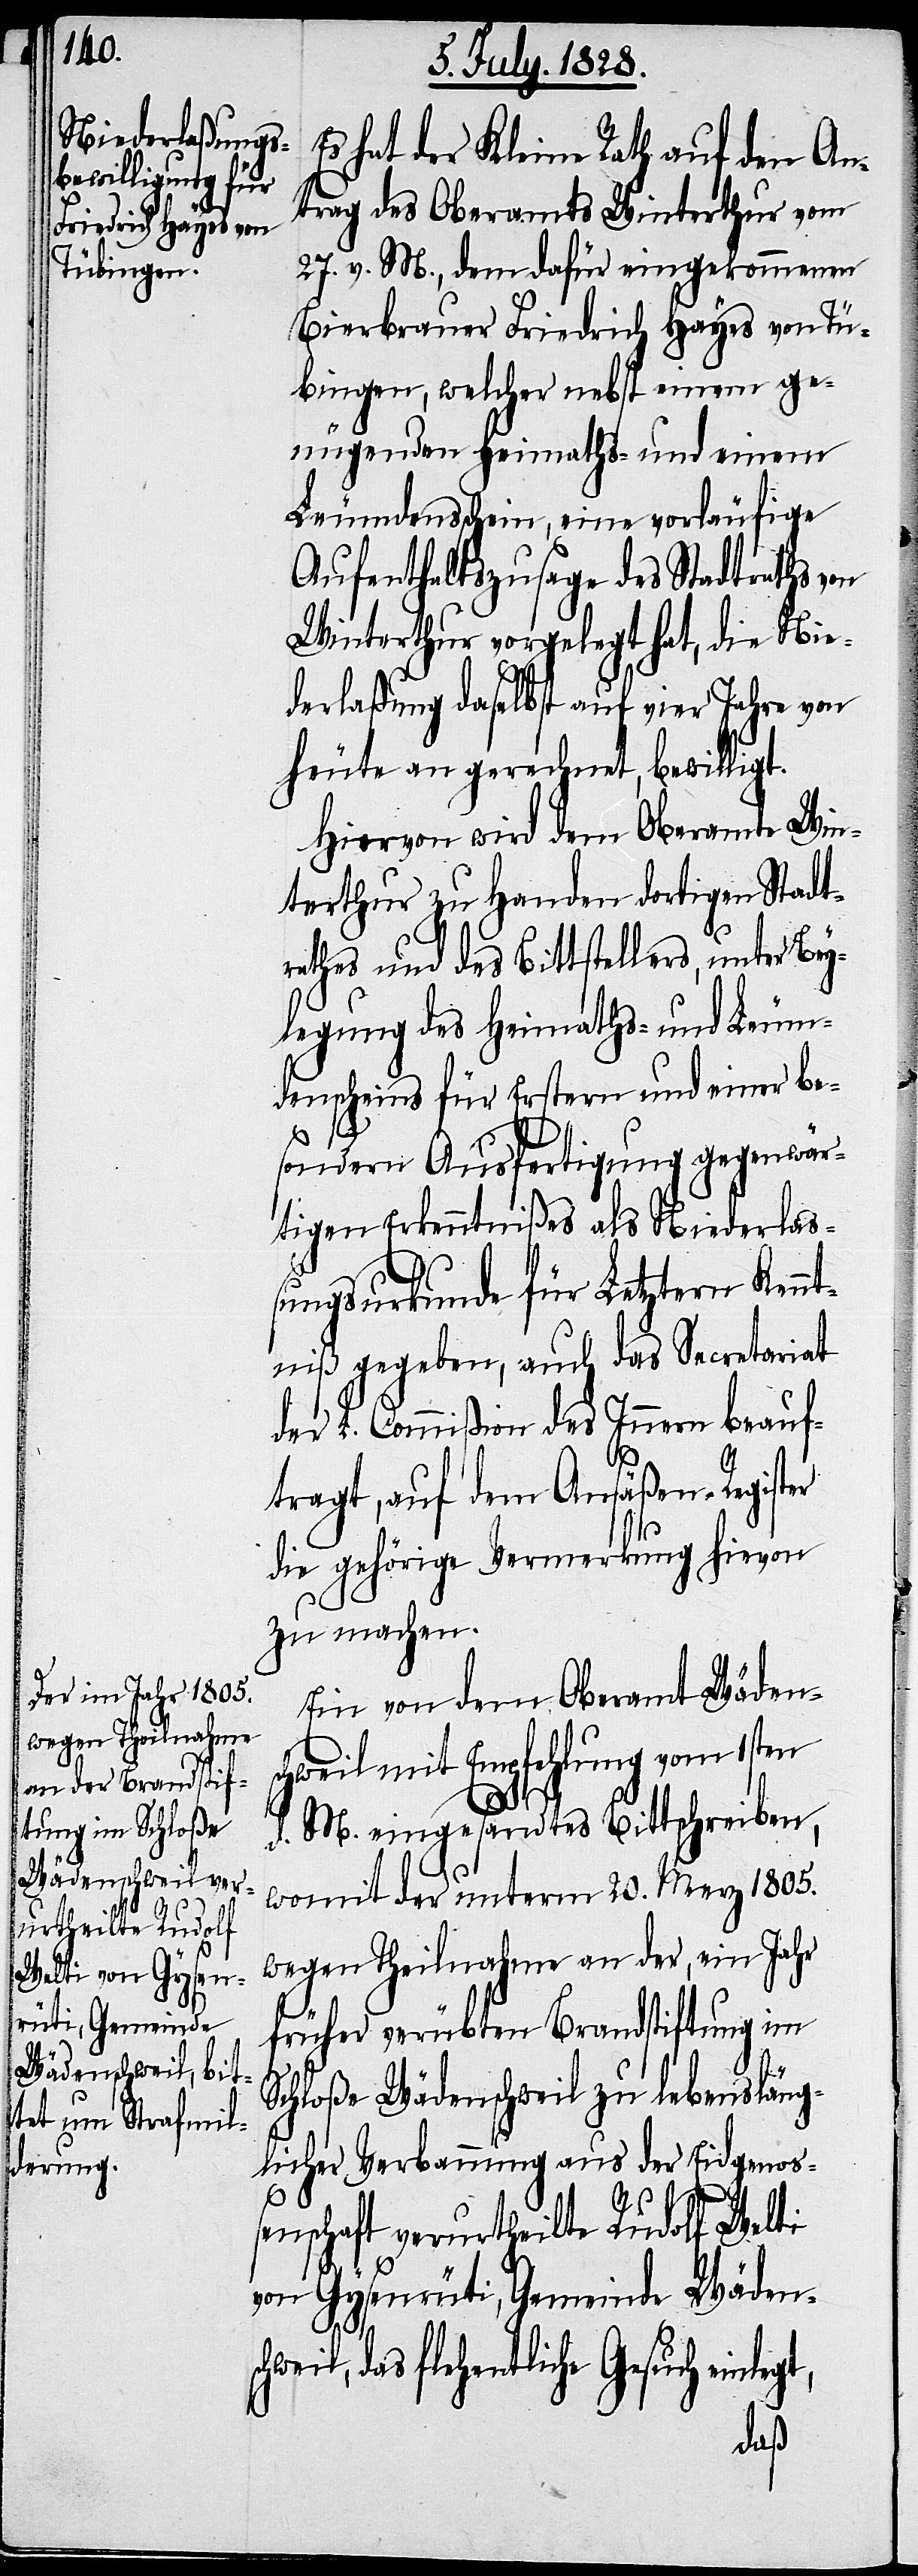
Es hat der Kleine Rath auf den An¬
trag des Oberamtes Winterthur vom
27. v. M., dem dafür eingekommenen
Bierbrauer Friedrich Hayes von Tü¬
bingen, welcher nebst einem ge¬
nügenden Heimaths- und einem
Leumdenschein, eine vorläufige
Aufenthaltszusage des Stadtraths von
Winterthur vorgelegt hat, die Nie¬
derlaßung daselbst auf vier Jahre von
heute an gerechnet, bewilligt.
Hiervon wird dem Oberamte Win¬
terthur zu Handen dortigen Stadt¬
rathes und des Bittstellers, unter Bey¬
legung des Heimaths- und Leum¬
denscheins für Erstern und einer be¬
gt,
sondern Ausfertigung gegenwär¬
tigen Erkenntnißes als Niederlaß¬
ungsurkunde für Letztern Kennt¬
niß gegeben, auch das Secretariat
der L. Commißion des Innern beauf¬
tragt, auf dem Ansäßen-Register
die gehörige Vermerkung hievon
zu machen.
Ein von dem Oberamt Wädens¬
chweil mit Empfehlung vom 1sten
d. M. eingesandtes Bittschreiben,
womit der unterm 20. Merz 1805.
wegen Theilnahme an der, ein Jahr
früher verübten Brandstiftung im
Schloße Wädenschweil zu lebensläng¬
licher Verbannung aus der Eidgenoß¬
enschaft verurtheilte Rudolf Welti
von Gysenrüti, Gemeinde Wädensc¬
hweil, das flehentliche Gesuch einle¬